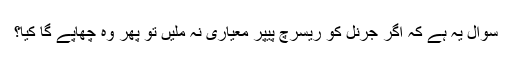
سوال یہ ہے کہ اگر جرنل کو ریسرچ پیپر معیاری نہ ملیں تو پھر وہ چھاپے گا کیا؟